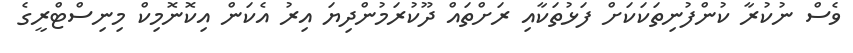
ވެސް ނުކުރާ ކުންފުނިތަކަކަށް ފަޅުތަކާއި ރަށްތައް ދޫކުރަމުންދިޔަ އިރު އެކަން އިކޮނޮމިކް މިނިސްޓްރީގެ